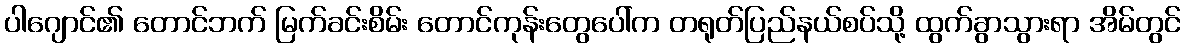
ပါဂျောင်၏ တောင်ဘက် မြက်ခင်းစိမ်း တောင်ကုန်းတွေပေါ်က တရုတ်ပြည်နယ်စပ်သို့ ထွက်ခွာသွားရာ အိမ်တွင်